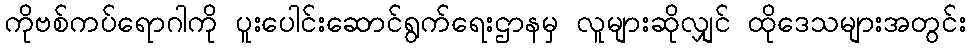
ကိုဗစ်ကပ်ရောဂါကို ပူးပေါင်းဆောင်ရွက်ရေးဌာနမှ လူများဆိုလျှင် ထိုဒေသများအတွင်း